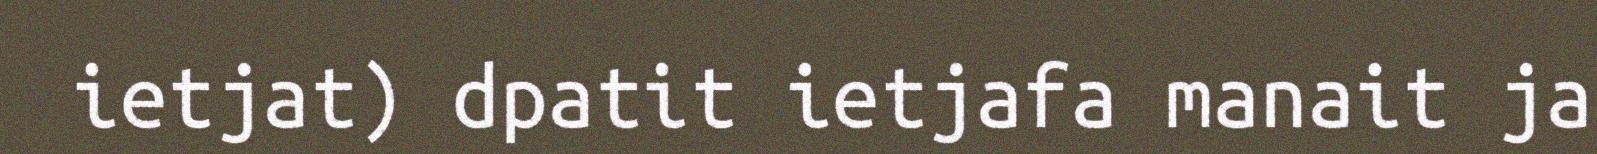
ietjat) dpatit ietjafa manait ja